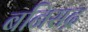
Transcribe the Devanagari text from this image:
बनिसद्र